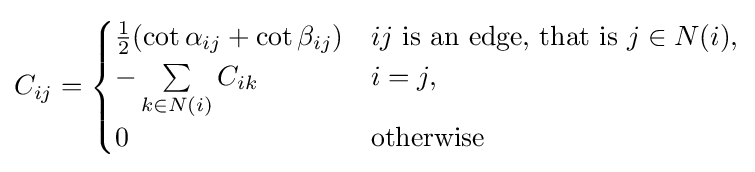
C_{ij}={\begin{cases}{\frac {1}{2}}(\cot \alpha _{ij}+\cot \beta _{ij})&ij{\text{ is an edge, that is }}j\in N(i),\\-\sum \limits _{k\in N(i)}C_{ik}&i=j,\\0&{\text{otherwise}}\end{cases}}